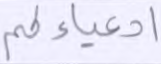
أدعياءكم